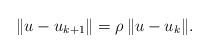
LaTeX: \begin{align*}\Vert u - u_{k+1} \Vert = \rho \, \Vert u - u_{k} \Vert.\end{align*}